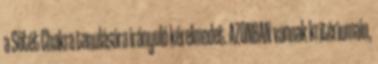
a Sötét Chakra tanulására irányuló kérelmedet. AZONBAN vannak kritériumain,